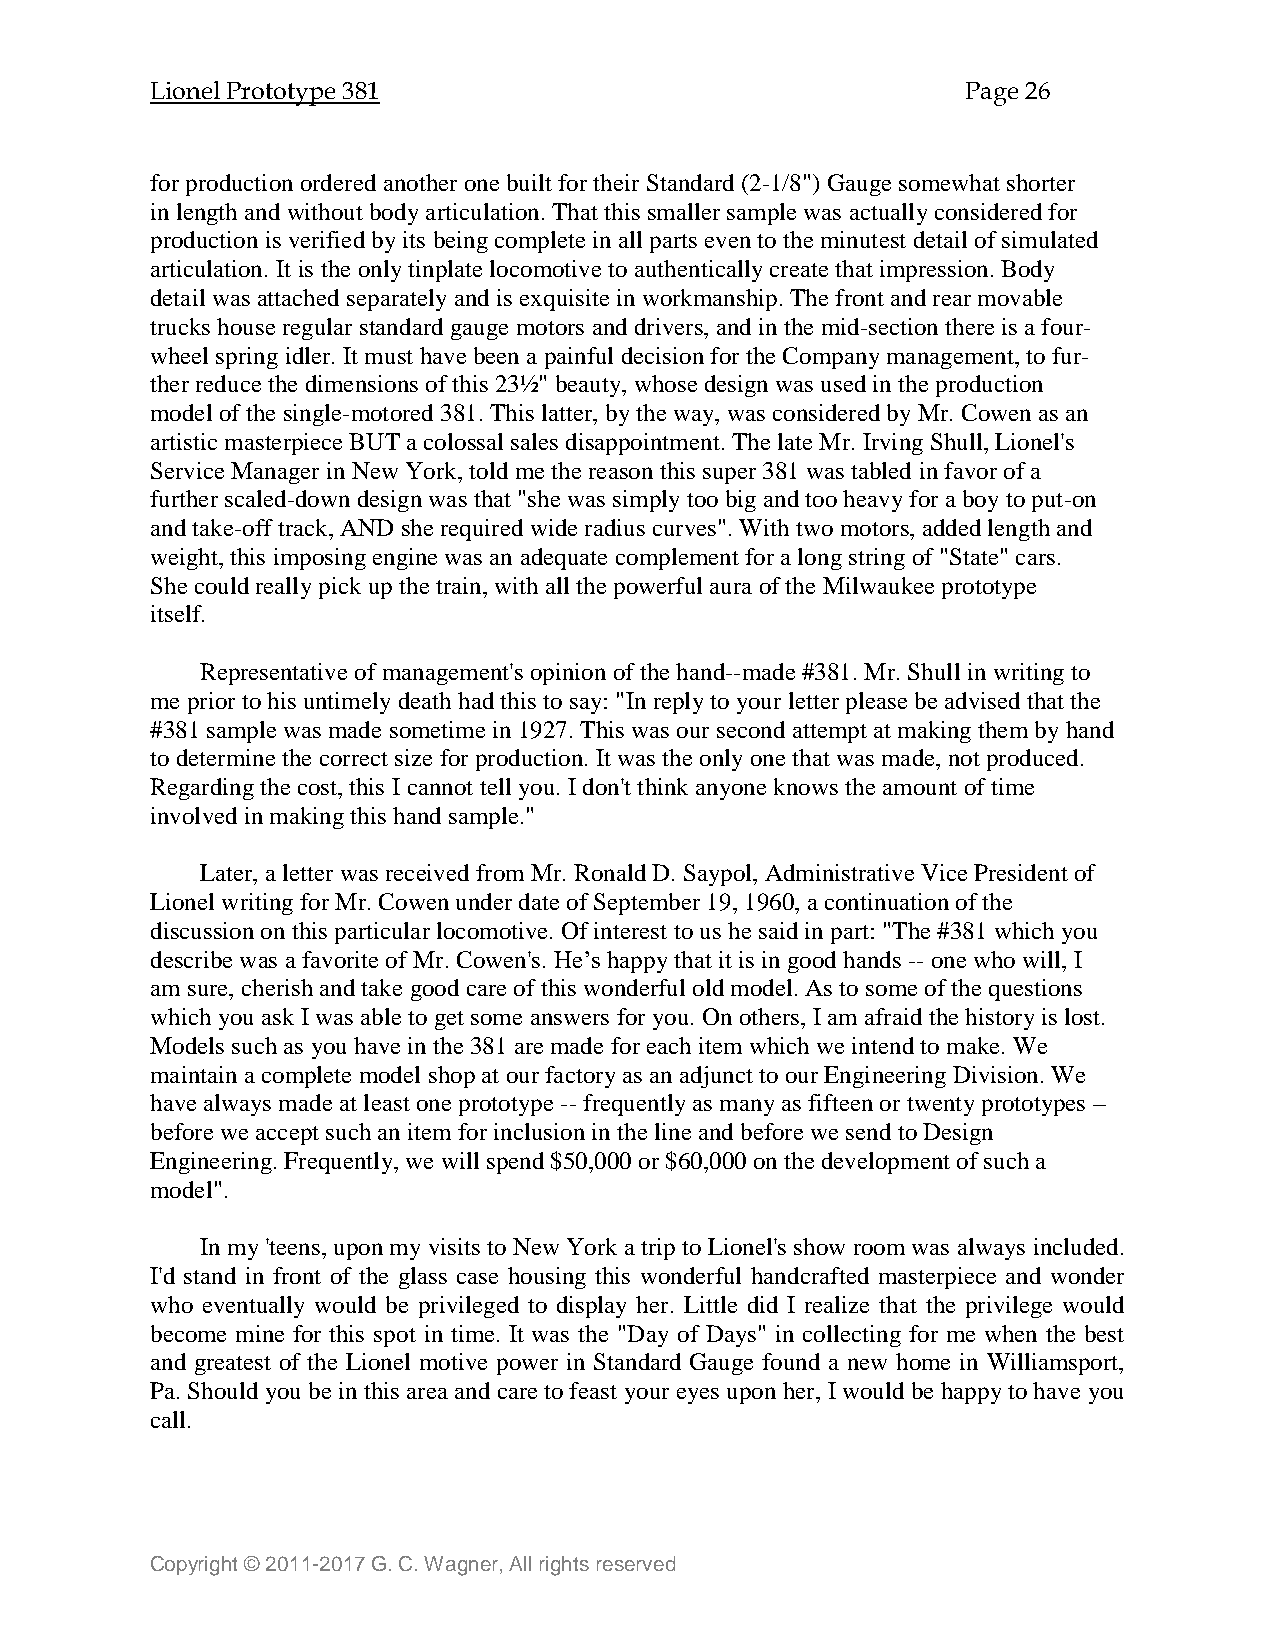
Lionel Prototype 381                                  Page 26
 for production ordered another one built for their Standard (2-1/8") Gauge somewhat shorter
 in length and without body articulation. That this smaller sample was actually considered for
 production is verified by its being complete in all parts even to the minutest detail of simulated
 articulation. It is the only tinplate locomotive to authentically create that impression. Body
 detail was attached separately and is exquisite in workmanship. The front and rear movable
 trucks house regular standard gauge motors and drivers, and in the mid-section there is a four-
 wheel spring idler. It must have been a painful decision for the Company management, to fur-
 ther reduce the dimensions of this 23½" beauty, whose design was used in the production
 model of the single-motored 381. This latter, by the way, was considered by Mr. Cowen as an
 artistic masterpiece BUT a colossal sales disappointment. The late Mr. Irving Shull, Lionel's
 Service Manager in New York, told me the reason this super 381 was tabled in favor of a
 further scaled-down design was that "she was simply too big and too heavy for a boy to put-on
 and take-off track, AND she required wide radius curves". With two motors, added length and
 weight, this imposing engine was an adequate complement for a long string of "State" cars.
 She could really pick up the train, with all the powerful aura of the Milwaukee prototype
 itself.
 Representative of management's opinion of the hand--made #381. Mr. Shull in writing to
 me prior to his untimely death had this to say: "In reply to your letter please be advised that the
 #381 sample was made sometime in 1927. This was our second attempt at making them by hand
 to determine the correct size for production. It was the only one that was made, not produced.
 Regarding the cost, this I cannot tell you. I don't think anyone knows the amount of time
 involved in making this hand sample."
 Later, a letter was received from Mr. Ronald D. Saypol, Administrative Vice President of
 Lionel writing for Mr. Cowen under date of September 19, 1960, a continuation of the
 discussion on this particular locomotive. Of interest to us he said in part: "The #381 which you
 describe was a favorite of Mr. Cowen's. He’s happy that it is in good hands -- one who will, I
 am sure, cherish and take good care of this wonderful old model. As to some of the questions
 which you ask I was able to get some answers for you. On others, I am afraid the history is lost.
 Models such as you have in the 381 are made for each item which we intend to make. We
 maintain a complete model shop at our factory as an adjunct to our Engineering Division. We
 have always made at least one prototype -- frequently as many as fifteen or twenty prototypes –
 before we accept such an item for inclusion in the line and before we send to Design
 Engineering. Frequently, we will spend $50,000 or $60,000 on the development of such a
 model".
 In my 'teens, upon my visits to New York a trip to Lionel's show room was always included.
 I'd stand in front of the glass case housing this wonderful handcrafted masterpiece and wonder
 who eventually would be privileged to display her. Little did I realize that the privilege would
 become mine for this spot in time. It was the "Day of Days" in collecting for me when the best
 and greatest of the Lionel motive power in Standard Gauge found a new home in Williamsport,
 Pa. Should you be in this area and care to feast your eyes upon her, I would be happy to have you
 call.
 Copyright © 2011-2017 G. C. Wagner, All rights reserved